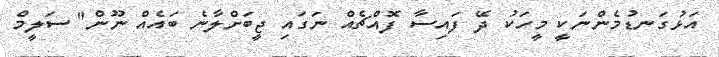
އަޅުގަނޑުމެންނަކީ މީހަކު ދޭ ފައިސާ ފޮއްޗެއް ނަގައި ޖީބަށްލާނެ ބައެއް ނޫން" ސަލީމް